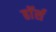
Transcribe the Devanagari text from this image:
हाॅर्स